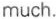
much.